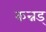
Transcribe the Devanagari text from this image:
कन्नड्